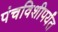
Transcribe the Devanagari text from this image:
पंचविशीपर्यंत